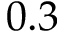
0 . 3